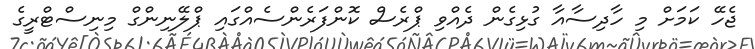
ޖެހޭ ކަމަށް މި ހާދިސާއާ ގުޅިގެން ދެއްވި ޕްރެސް ކޮންފަރެންސެއްގައި ޕްލޭނިންގް މިނިސްޓްރީގެ